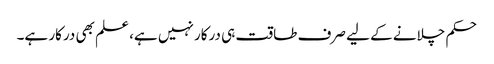
حکم چلانے کے لیے صرف طاقت ہی درکار نہیں ہے، علم بھی درکار ہے۔